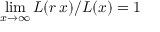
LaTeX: \operatorname* { l i m } _ { x \rightarrow \infty } L ( r \, x ) / L ( x ) = 1